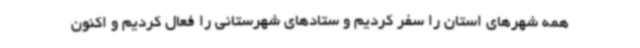
همه شهرهای استان را سفر کردیم و ستادهای شهرستانی را فعال کردیم و اکنون